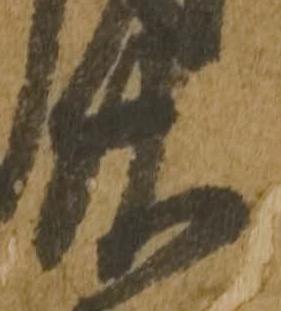
廿